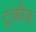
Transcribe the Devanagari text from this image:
ट्रकीड